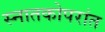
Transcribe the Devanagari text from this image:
स्नातकोपरांत